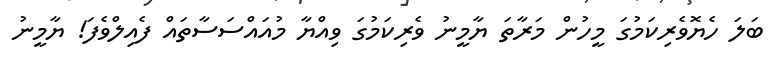
ބަލަ ހެޔޮވެރިކަމުގަ މީހުން މަރާތަ ޔާމީނު ވެރިކަމުގަ ވިއްޔާ މުއައްސަސާތައް ފެއިލްވެފަ! ޔާމީނު